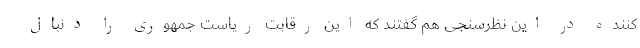
‌کننده در این نظرسنجی هم گفتند که این رقابت ریاست جمهوری را دنبال